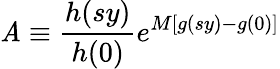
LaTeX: \mathit{A}\equiv{\frac{{h(sy)}}{{h(0)}}}e^{M\left[g(sy)-g(0)\right]}